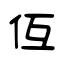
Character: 仾